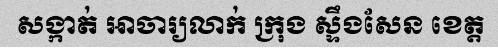
សង្កាត់ អាចារ្យលាក់ ក្រុង ស្ទឹងសែន ខេត្ត